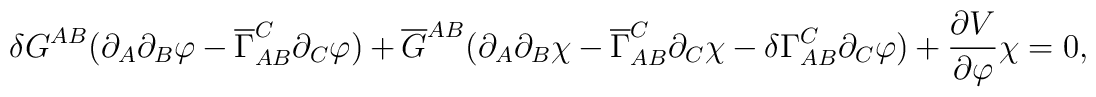
\delta G^{A B} ( \partial_{A} \partial_{B} \varphi - \overline{\Gamma}_{A B }^{C} \partial_{C} \varphi) + \overline{G}^{A B} (\partial_{A } \partial_{B} \chi - \overline{\Gamma}_{A B }^{C} \partial_{C} \chi - \delta \Gamma_{A B }^{C} \partial_{C} \varphi) + \frac{\partial V}{\partial\varphi} \chi =0,